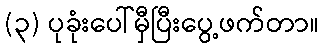
(၃) ပုခုံးပေါ်မှီပြီးပွေ့ဖက်တာ။